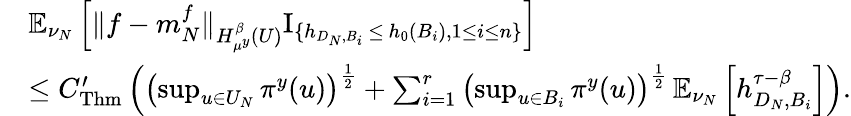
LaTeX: \begin{array}{rl}&{\mathbb{E}_{\nu_{N}}\left[\| f-m_{N}^{f}\| _{H_{\mu^{y}}^{\beta}(U)}\mathrm{I}_{\{ h_{D_{N},B_{i}}\, \leq\, h_{0}(B_{i}),1\leq i\leq n\} }\right]}\\ &{\leq C_{\mathrm{Thm}}^{\prime}\left(\left(\operatorname*{sup}_{u\in U_{N}}\pi^{y}(u)\right)^{\frac{1}{2}}+\sum_{i=1}^{r}\left(\operatorname*{sup}_{u\in B_{i}}\pi^{y}(u)\right)^{\frac{1}{2}}\, \mathbb{E}_{\nu_{N}}\left[h_{D_{N},B_{i}}^{\tau-\beta}\right]\right).}\end{array}